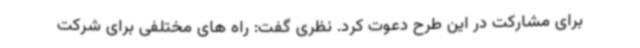
برای مشارکت در این طرح دعوت کرد. نظری گفت: راه های مختلفی برای شرکت